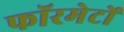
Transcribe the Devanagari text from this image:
फॉरमेटों